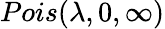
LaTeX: Pois(\lambda,0,\infty)